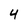
Character: 4